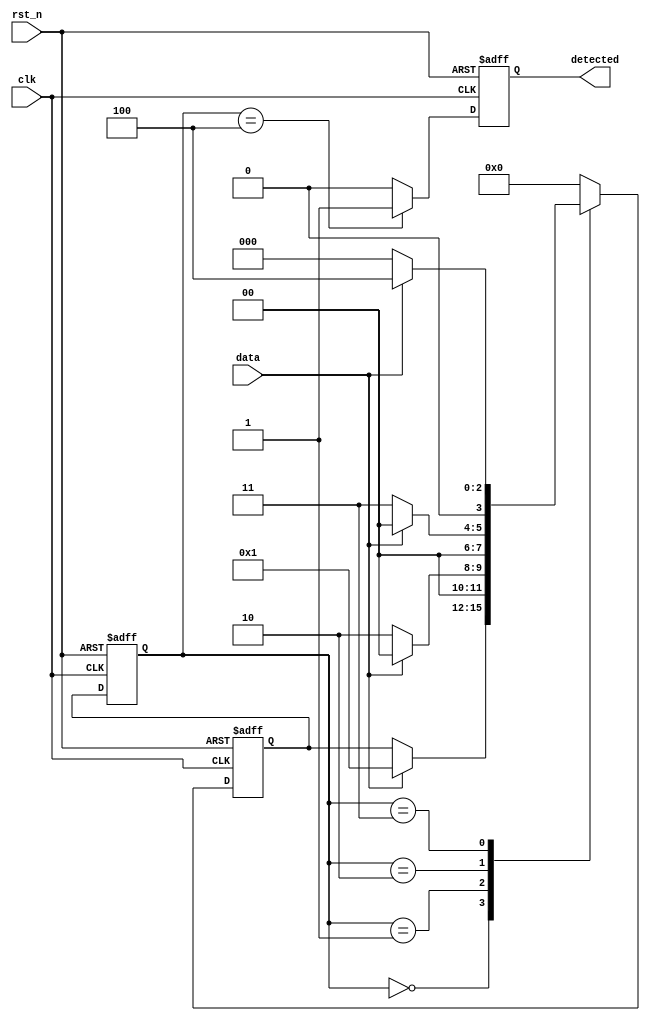
//--

//state defination
`define STATE_IDLE 0
`define STATE_BIT0 1
`define STATE_BIT1 2
`define STATE_BIT2 3
`define STATE_BIT3 4

//sequence to be detected
`define SYNC_CODE 4'b1001

module sequence_detect (
    input clk,
    input rst_n,
    input data,
    output reg detected
    );
    
    reg [3:0] state;
    reg [3:0] next_state;
    wire [3:0] detecting_sequence;
    
    assign detecting_sequence = `SYNC_CODE;
    
    always @(posedge clk or negedge rst_n) begin
        if (!rst_n) begin
            state <= `STATE_IDLE;
        end
        else begin
            state <= next_state;
        end
    end
    
    always @(posedge clk or negedge rst_n) begin
        if (!rst_n) begin
            next_state <= `STATE_IDLE;
        end
        else begin
            case (state)
                `STATE_IDLE :
                    begin
                        if (data == detecting_sequence[0]) begin
                            next_state <= `STATE_BIT0;
                        end
                        else begin
                        end
                    end
                 
                 `STATE_BIT0 :
                    begin
                        if (data == detecting_sequence[1]) begin
                            next_state <= `STATE_BIT1;
                        end
                        else begin
                            next_state <= `STATE_IDLE;
                        end
                    end
                    
                `STATE_BIT1 :
                    begin
                        if (data == detecting_sequence[2]) begin
                            next_state <= `STATE_BIT2;
                        end
                        else begin
                            next_state <= `STATE_IDLE;
                        end
                    end

                `STATE_BIT2 :
                    begin
                        if (data == detecting_sequence[3]) begin
                            next_state <= `STATE_BIT3;
                        end
                        else begin
                            next_state <= `STATE_IDLE;
                        end
                    end
                
                //
                `STATE_BIT3 :
                    begin
                        next_state <= `STATE_IDLE;
                    end
                    
                default :
                    begin
                        next_state <= `STATE_IDLE;
                    end
            endcase
        end
    end
    
    always @(posedge clk or negedge rst_n) begin
        if (!rst_n) begin
            detected <= 1'b0;
        end
        else if (state == `STATE_BIT3) begin
            detected <= 1'b1;
        end
        else begin
            detected <= 1'b0;
        end
    end

endmodule